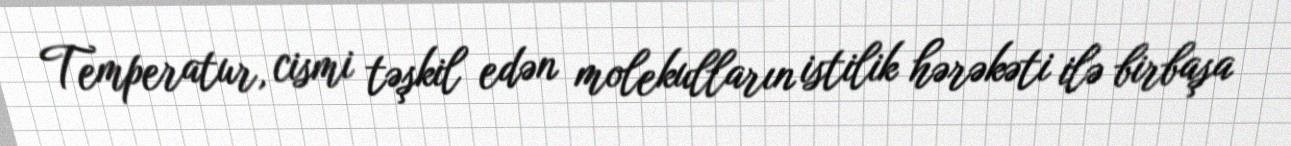
Temperatur, cismi təşkil edən molekulların istilik hərəkəti ilə birbaşa